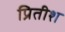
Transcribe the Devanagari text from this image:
प्रितीश